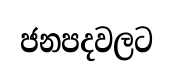
ජනපදවලට